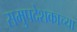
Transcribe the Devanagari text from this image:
समुपदेशकाच्या